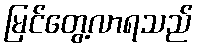
မြင်တွေ့လာရသည်